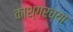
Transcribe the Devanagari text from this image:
काश्गरच्या